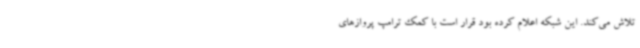
تلاش می‌کند. این شبکه اعلام کرده بود قرار است با کمک ترامپ پروازهای